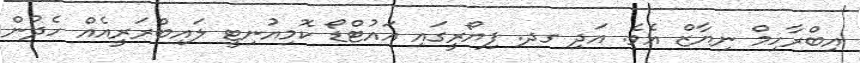
އިބްރާހިމް ނިޔާޒް އެެވެ. އަދި ގދ. ފިޔޯރީގައި އައުޓްޑޯ ކޮމިއުނިޓީ ލައިބްރަރީއެއް ހެދުން